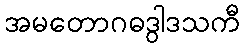
အမတောဂဓဒွါဒသကီ